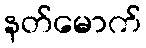
နတ်မောက်